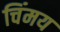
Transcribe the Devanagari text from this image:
चिंमय